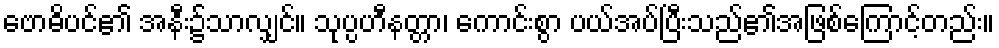
ဗောဓိပင်၏ အနီး၌သာလျှင်။ သုပ္ပဟီနတ္တာ၊ ကောင်းစွာ ပယ်အပ်ပြီးသည်၏အဖြစ်ကြောင့်တည်း။